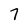
Character: 7